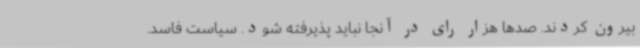
بیرون کردند. صدها هزار رای در آنجا نباید پذیرفته شود. سیاست فاسد.